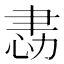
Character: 𢙻